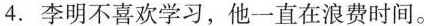
4.李明不喜欢学习,他一直在浪费时间.。